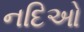
નદિઓ